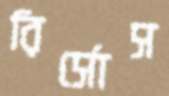
রির্সোস